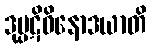
ဒုပ္ပဋိဝိနောဒယာတိ